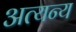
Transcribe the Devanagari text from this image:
अत्यन्य